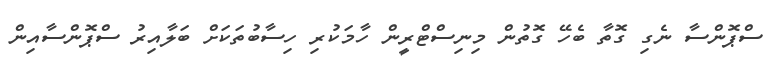
ސްޕޮންސާ ނެގި ގޮތާ ބެހޭ ގޮތުން މިނިސްޓްރީން ހާމަކުރި ހިސާބުތަކަށް ބަލާއިރު ސްޕޮންސާއިން